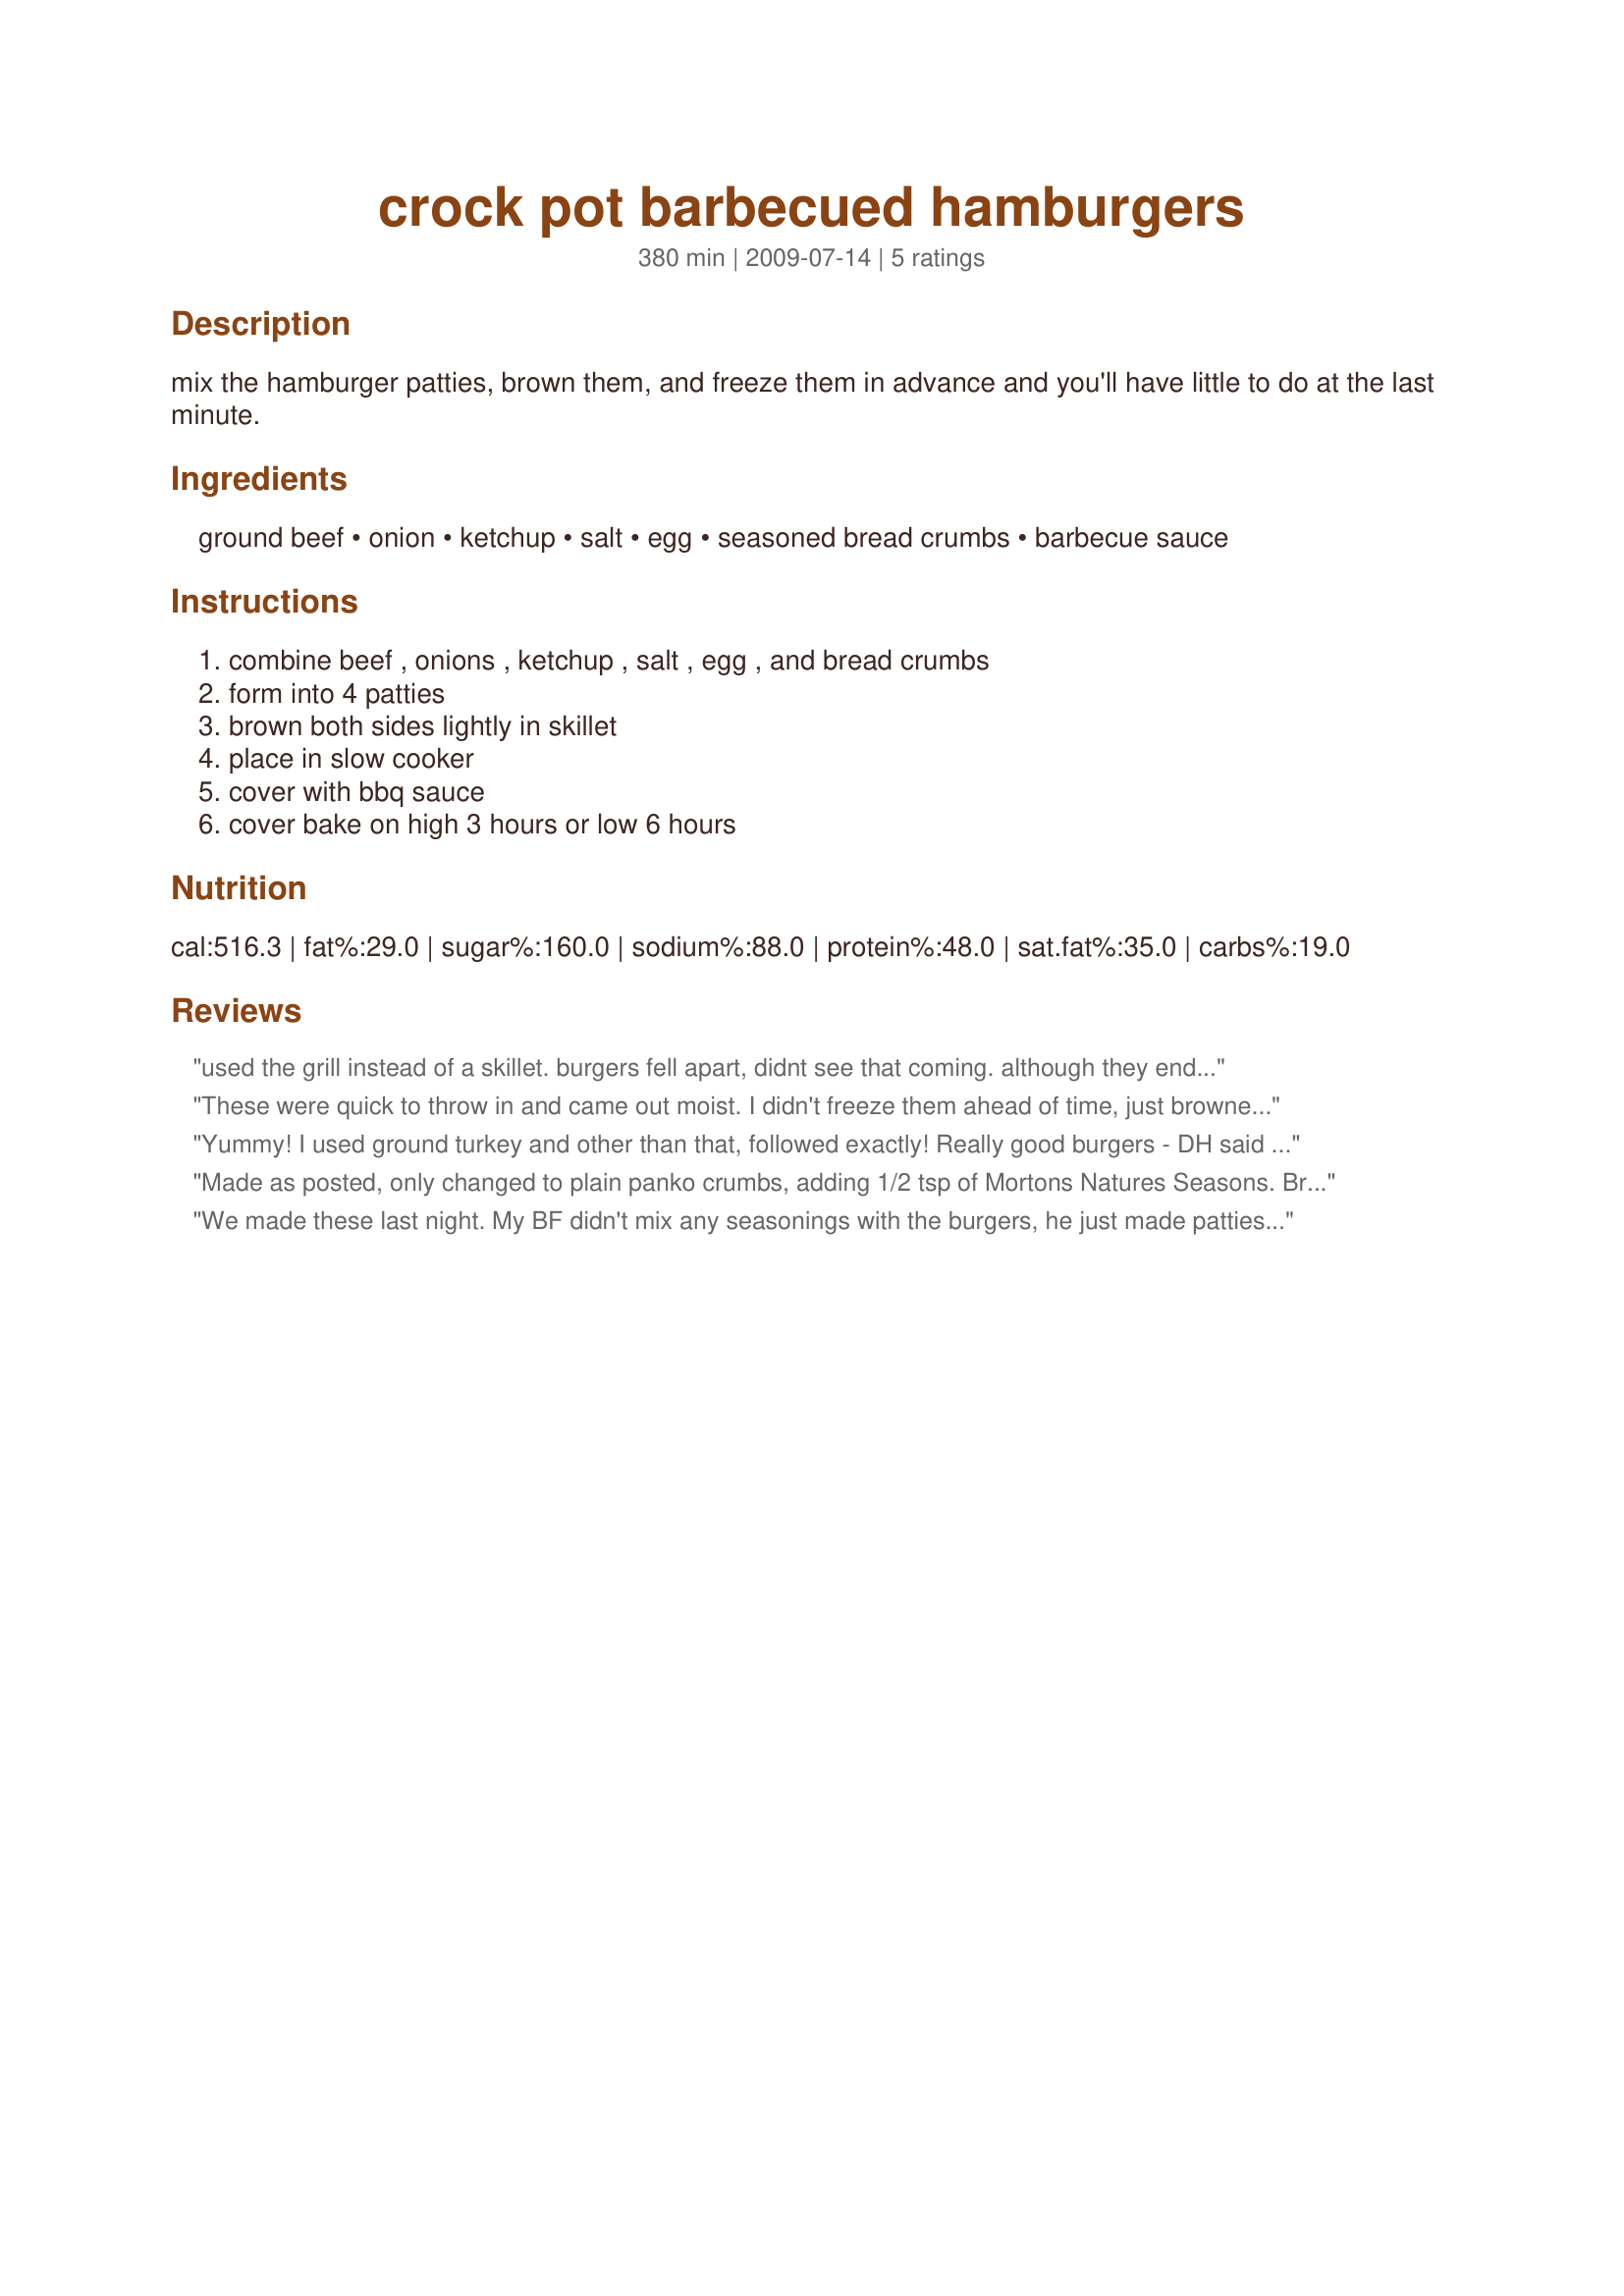
crock pot barbecued hamburgers
Preparation time: 380 minutes

mix the hamburger patties, brown them, and freeze them in advance and you'll have little to do at the last minute.

Ingredients:
ground beef, onion, ketchup, salt, egg, seasoned bread crumbs, barbecue sauce

Steps:
combine beef , onions , ketchup , salt , egg , and bread crumbs, form into 4 patties, brown both sides lightly in skillet, place in slow cooker, cover with bbq sauce, cover bake on high 3 hours or low 6 hours

Reviews:
used the grill instead of a skillet. burgers fell apart, didnt see that coming. although they ended up in chunks they were delicious.
These were quick to throw in and came out moist. I didn't freeze them ahead of time, just browned the patties on each side and put in crockpot with the BBQ sauce. I put them in a little too early so they were ready about an hour before dinner time. Turn the crock to keep warm setting; didn't afect the burgers, just the sauce started to taste a little over cooked but were still very good! Made for My-3-Chefs 2009.
Yummy! I used ground turkey and other than that, followed exactly! Really good burgers - DH said they tasted like sloppy joes! Thanks for sharing!
Made as posted, only changed to plain panko crumbs, adding 1/2 tsp of Mortons Natures Seasons. Browned the patties and used Sweet Baby Rays BBQ Sauce and cooked on low. These were saucy and tender and the BBQ smell filled the kitchen. YUM! Thanks for posting Celebration. Made for I recommend Tag Game.
We made these last night. My BF didn't mix any seasonings with the burgers, he just made patties and poured the sauce over them. We did make rings out of aluminum foil for the burgers to sit on, as we didn't want them cooked in "grease." These turned out really good! My BF believes that this is how burgers should be made from now on, which is fine by me (and I'm not even a burger person!) They were moist and tender; just absolutely perfect! I'm already thinking about the seasonings I can add next time. Thanks for this recipe!
